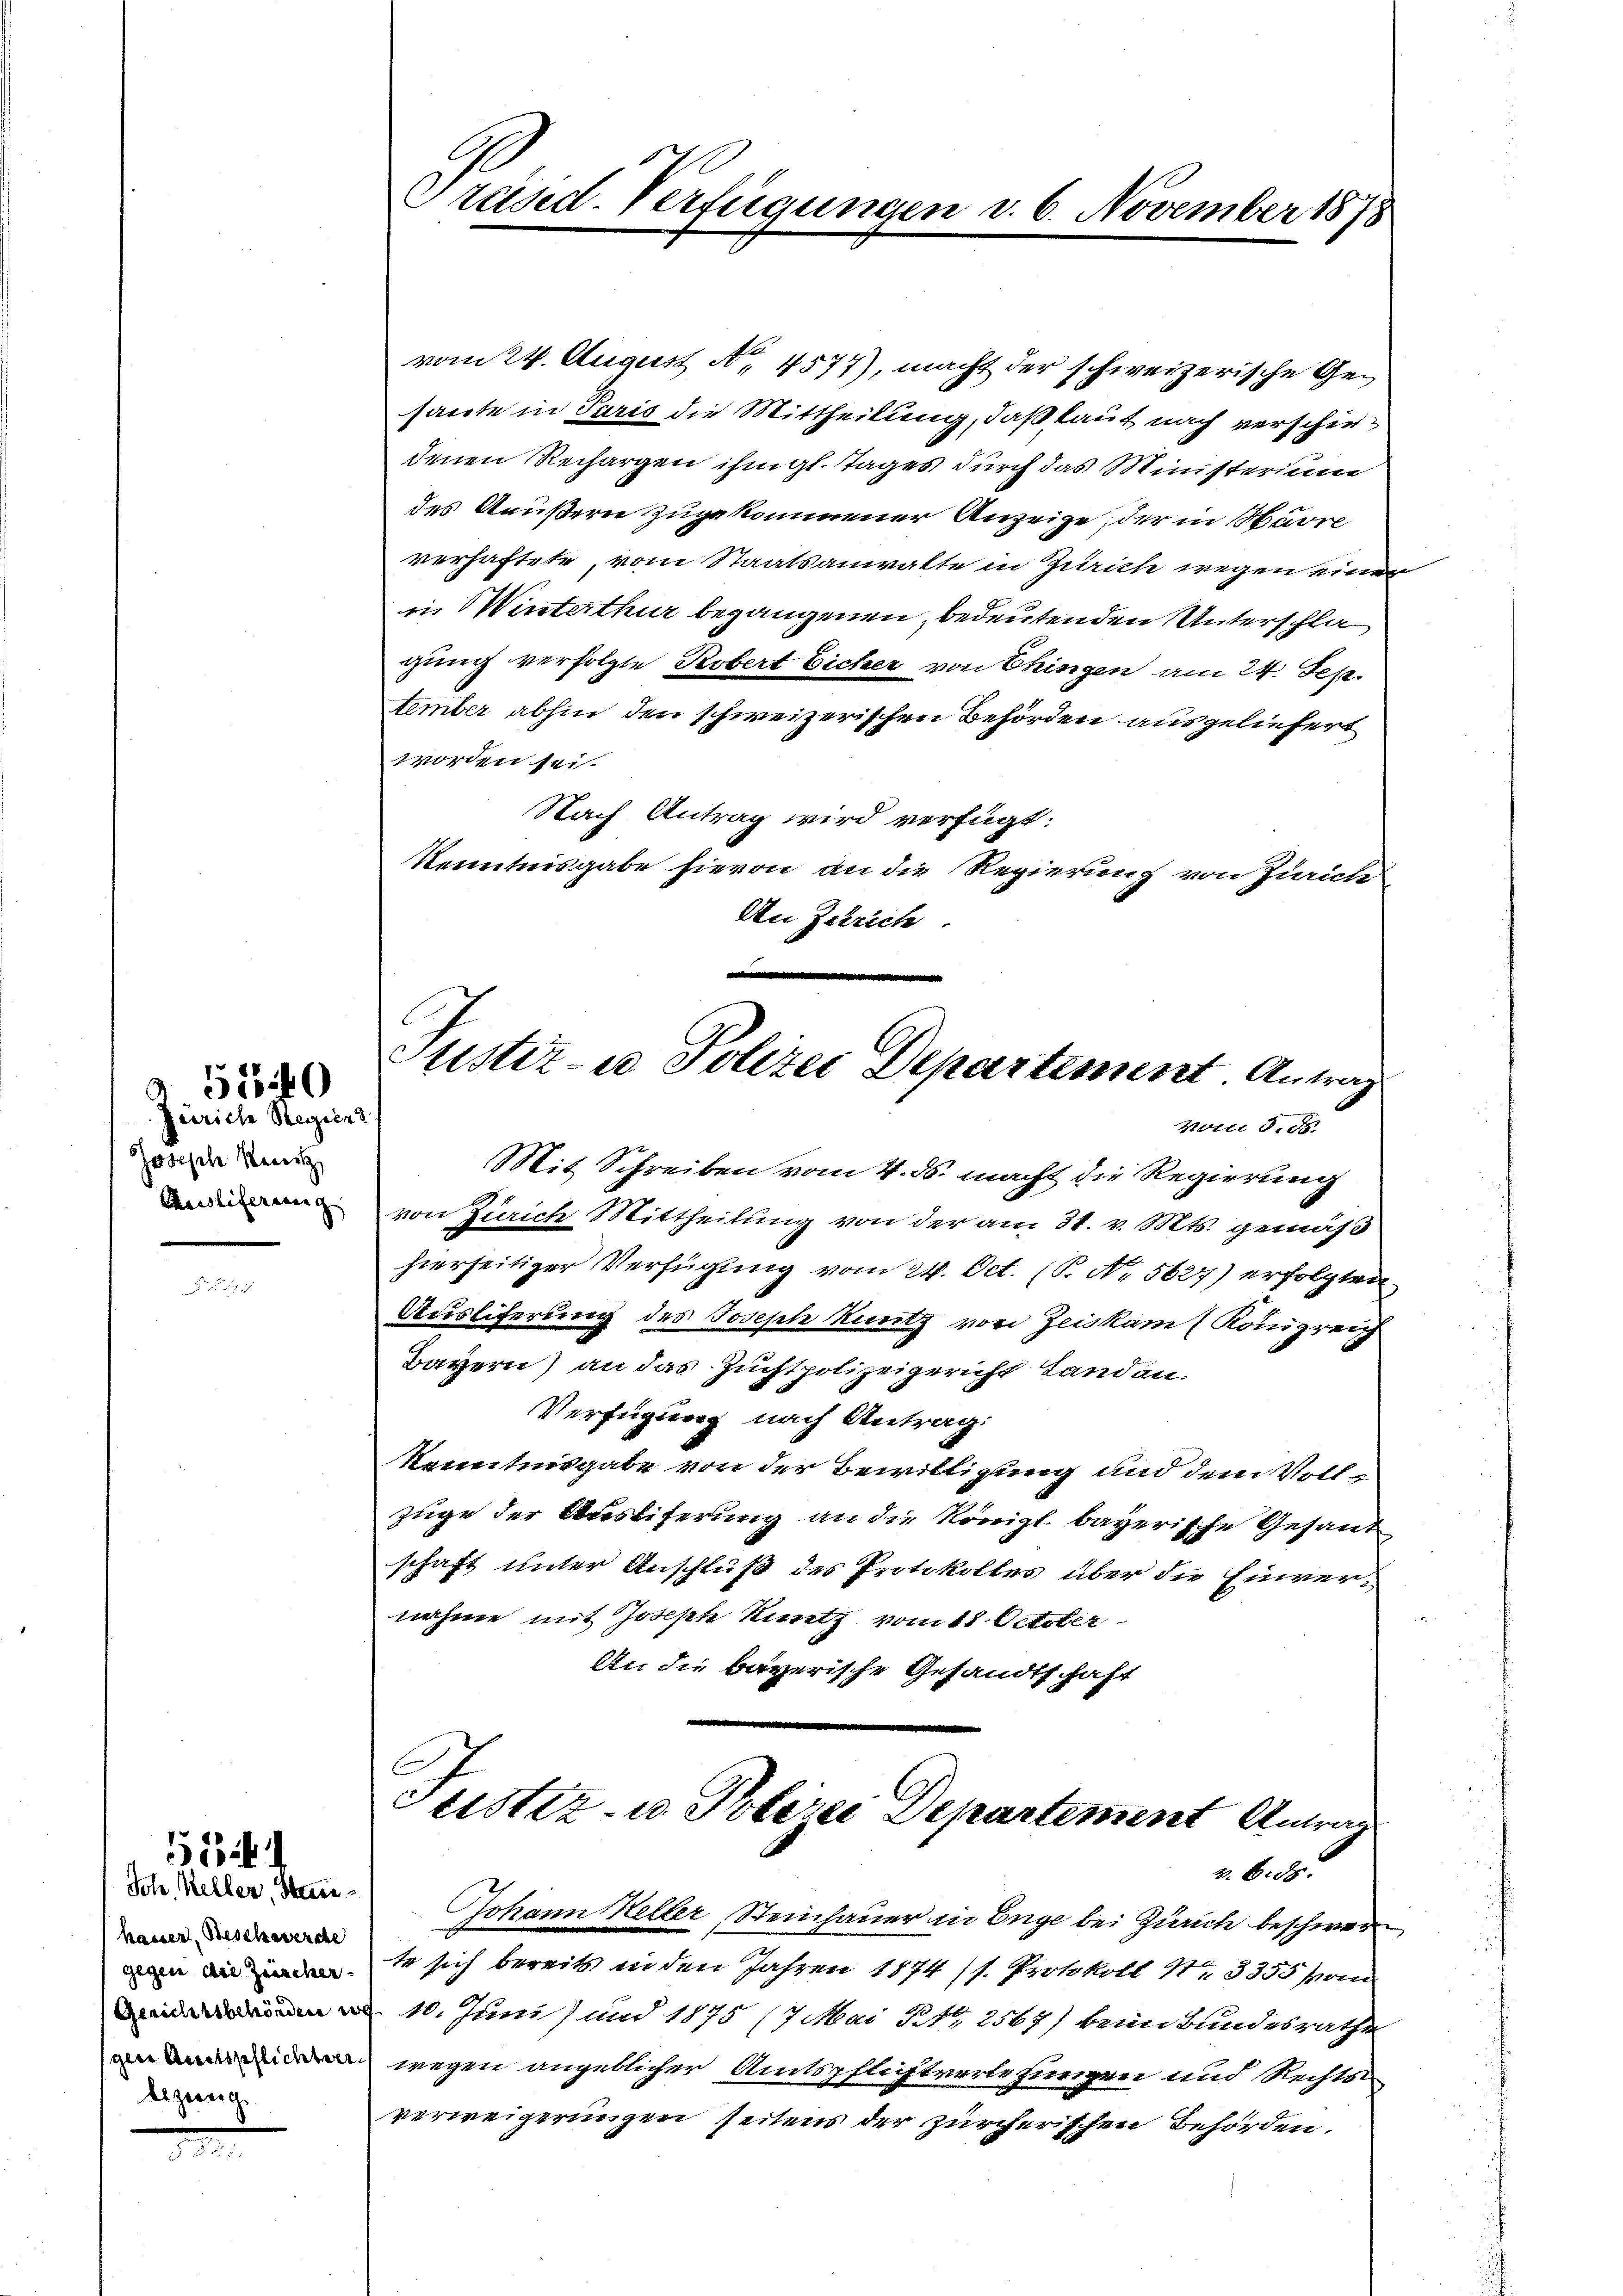
Zürich Regien
Chorische Reich
Auslieferung |

A 56440

Ich. Keller, Stanhasser, Beschwerde
gegen die Zürcher.
bezwing

55

Präsid. Verfügungen d. 6. November 1878

vom 24. August No. 4577), macht der schweizerische Gesacte in Paris die Mittheilung, daß laut nach verschiedenen Rechargen ihm gl. Tages durch das Ministerium
des Aeußern zugekommener Anzeige, der in Havre
verhaftete, vom Staatsanwalte in Zürich wegen einer
in Winterthur begangenen, bedeutenden Unterschlagung verfolgte Robert Eicher von Chingen am 24. Sep
tember abhin den schweizerischen Behörden ausgeliefert
worden sei.
Nach Antrag wird verfügt:
Kenntnisgabe hievon an die Regierung von Zürich
An Zürich
n
Justiz- u Polizei Departement Antrag
Hotti d. d.
Mit Schreiben vom 4. ds. macht die Regierung
von Zürich Mittheilung von der am 31. v. Mts. gemäß
hierseitiger Verfügung vom 24. Oct. (S. N. 5627) erfolgten
Ausliferung des Joseph Kuntz von Zeiskam (Königreich
Bayern) an das Zuchtpolizeigericht Landan¬
Verfügung nach Antrag:
Kenntnisgabe von der Bewilligung und dem Vollzüge der Ausliferung an die Königl. bayerische Gesant
schaft unter Anschluß des Protokolles über die Einvernahme mit Joseph Kuntz vom 18. October
An die bayerische Gesandtschaft

ustiz- u. Polizei Departement Antrag
Z. B. d.

Johann Heller, Steinhauer in Enge bei Zürich beschweren
te sich bereits in den Jahren 1874 (s. Protokoll S. 3355 sa
m 10. Juni) und 1875 /7 Mai NNo. 2567) beim Bundesrathe
 wegen angeblicher Amtspflichtverlesungen und Rechts-
verweigerungen Zeitens der zürcherischen Behörden.